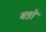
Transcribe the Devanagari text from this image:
बङों